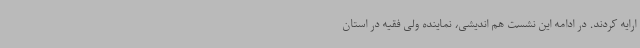
ارایه کردند. در ادامه این نشست هم اندیشی، نماینده ولی فقیه در استان